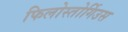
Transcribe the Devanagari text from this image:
फिलोस्तोर्गिउस